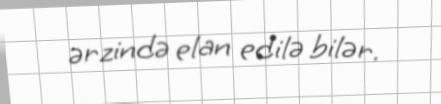
ərzində elan edilə bilər.